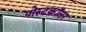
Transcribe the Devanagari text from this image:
पोस्टक्रॉसर